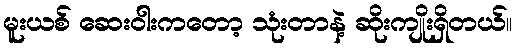
မူးယစ် ဆေးဝါးကတော့ သုံးတာနဲ့ ဆိုးကျိုးရှိတယ်။